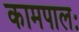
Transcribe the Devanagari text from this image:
कामपालः